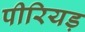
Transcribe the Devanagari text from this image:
पीरियड़